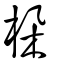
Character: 桗